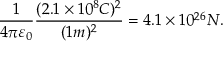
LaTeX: { \frac { 1 } { 4 \pi \varepsilon _ { 0 } } } { \frac { ( 2 . 1 \times 1 0 ^ { 8 } C ) ^ { 2 } } { ( 1 m ) ^ { 2 } } } = 4 . 1 \times 1 0 ^ { 2 6 } N .